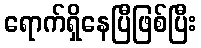
ရောက်ရှိနေပြီဖြစ်ပြီး